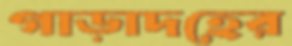
গাড়াদহের